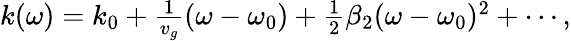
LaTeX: \begin{array}{r}{k(\omega)=k_{0}+\frac{1}{v_{g}}(\omega-\omega_{0})+\frac{1}{2}\beta_{2}(\omega-\omega_{0})^{2}+\cdots,}\end{array}